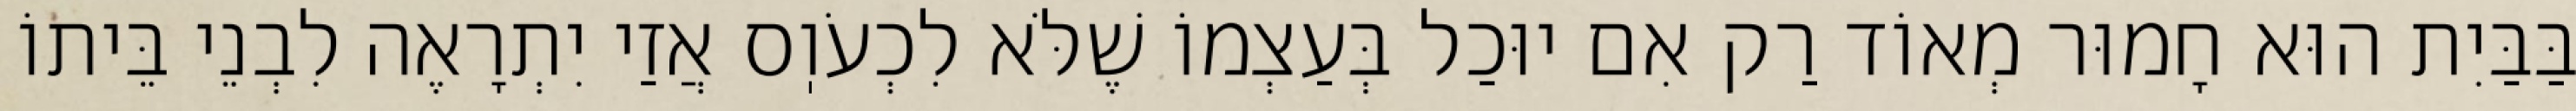
בַּבַּיִת הוּא חָמוּר מְאוֹד רַק אִם יוּכַל בְּעַצְמוֹ שֶׁלֹּא לִכְעֹוֽס אֲזַי יִתְרָאֶה לִבְנֵי בֵּיתוֹ